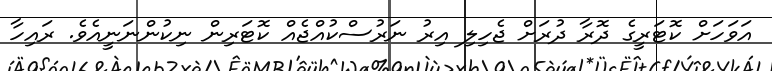
އަވަހަށް ކޮޓަރީގެ ދޮރާ ދުރަށް ޖެހިލި އިރު ނަރުސްކުއްޖެއް ކޮޓަރިން ނިކުންނަނީއެވެ. ރައިހާ